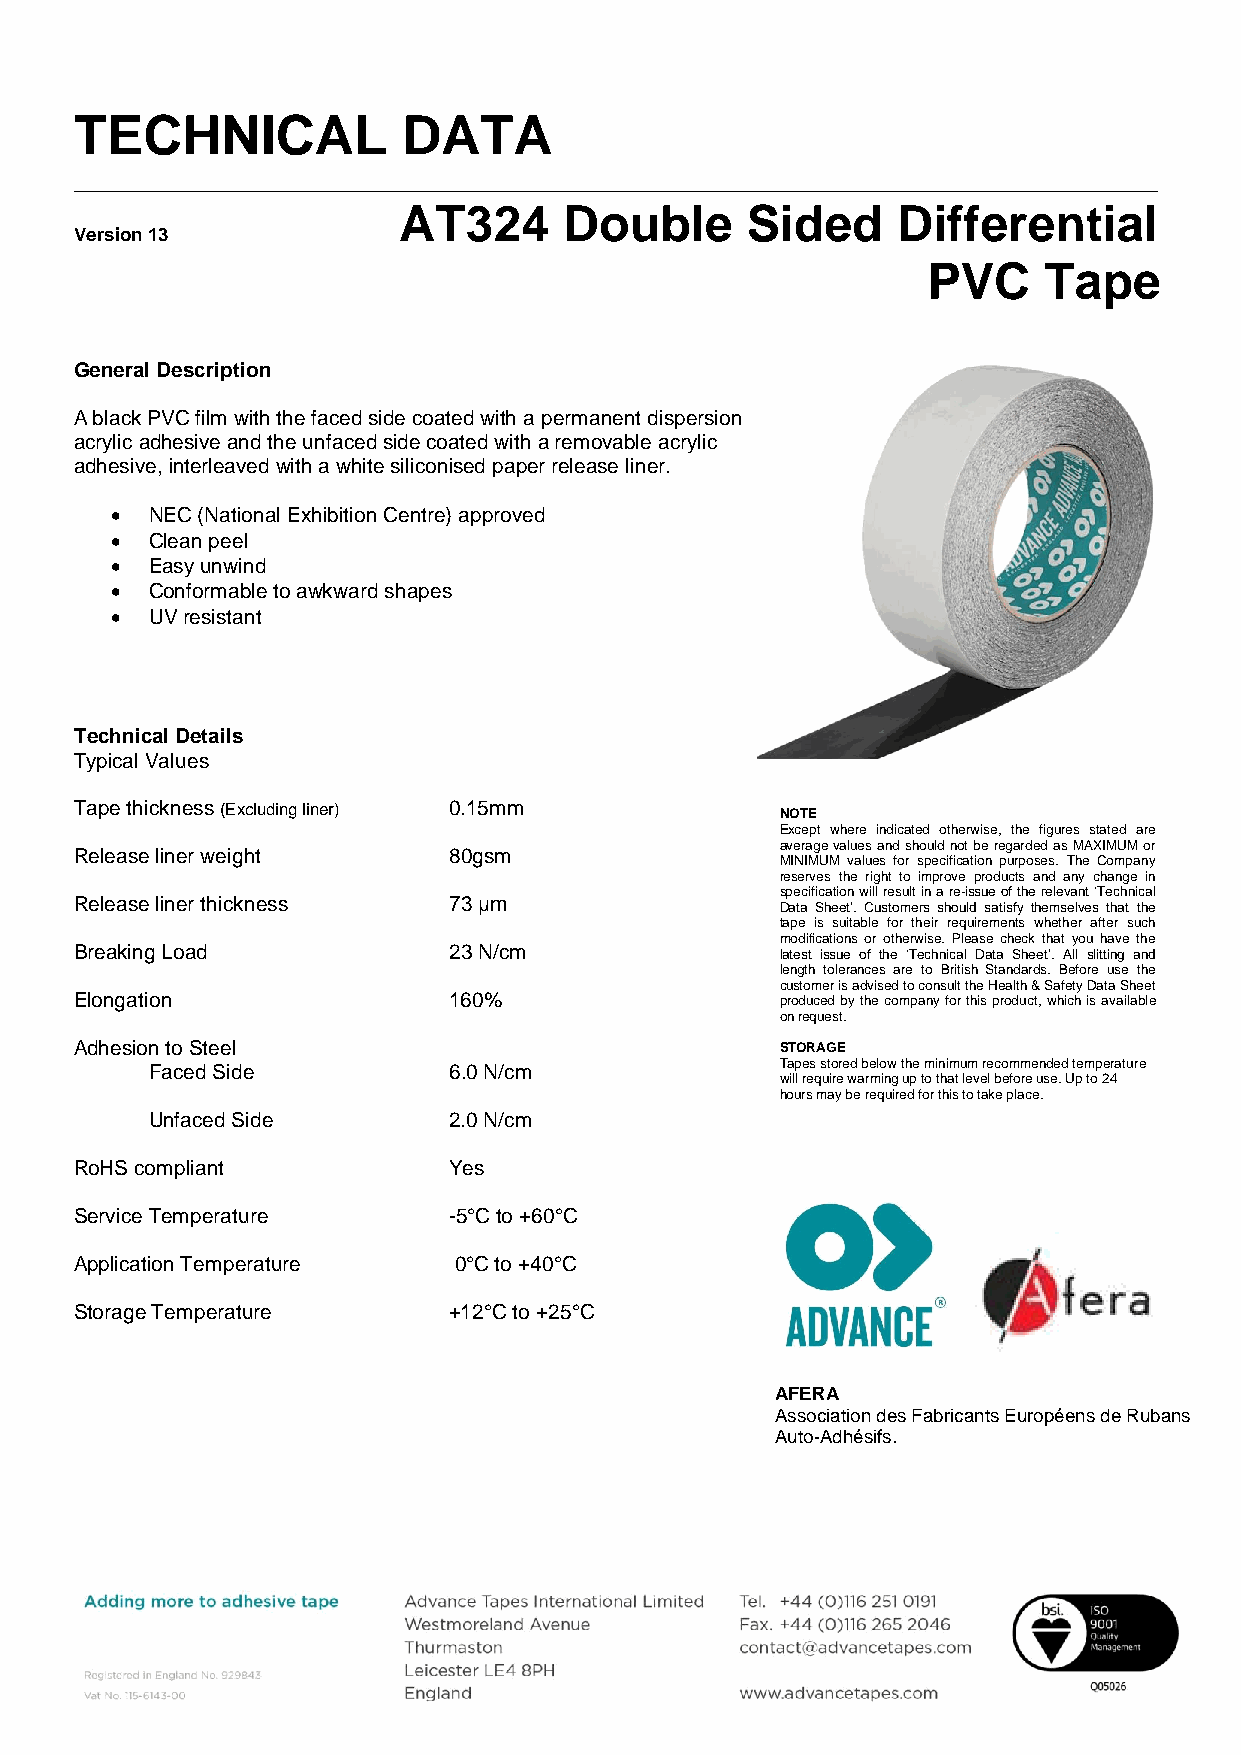
TECHNICAL             DATA
 ______________________________________________________________________________
 AT324      Double      Sided     Differential
 Version 13
 PVC     Tape
 General Description
 A black PVC film with the faced side coated with a permanent dispersion
 acrylic adhesive and the unfaced side coated with a removable acrylic
 adhesive, interleaved with a white siliconised paper release liner.
   NEC (National Exhibition Centre) approved
   Clean peel
   Easy unwind
   Conformable to awkward shapes
   UV resistant
 Technical Details
 Typical Values
 Tape thickness (Excluding liner) 0.15mm        NOTE
 Except where indicated otherwise, the figures stated are
 average values and should not be regarded as MAXIMUM or
 Release liner weight     80gsm
 MINIMUM values for specification purposes. The Company
 reserves the right to improve products and any change in
 specification will result in a re-issue of the relevant ‘Technical
 Release liner thickness  73 μm                 Data Sheet’. Customers should satisfy themselves that the
 tape is suitable for their requirements whether after such
 modifications or otherwise. Please check that you have the
 Breaking Load            23 N/cm               latest issue of the ‘Technical Data Sheet’. All slitting and
 length tolerances are to British Standards. Before use the
 customer is advised to consult the Health & Safety Data Sheet
 Elongation               160%                  produced by the company for this product, which is available
 on request.
 Adhesion to Steel                              STORAGE
 Faced Side          6.0 N/cm              Tapes stored below the minimum recommended temperature
 will require warming up to that level before use. Up to 24
 hours may be required for this to take place.
 Unfaced Side        2.0 N/cm
 RoHS compliant           Yes
 Service Temperature      -5°C to +60°C
 Application Temperature  0°C to +40°C
 Storage Temperature      +12°C to +25°C
 AFERA
 Association des Fabricants Européens de Rubans
 Auto-Adhésifs.